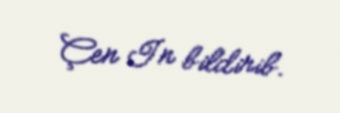
Çen In bildirib.